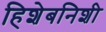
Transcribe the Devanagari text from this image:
हिशेबनिशी